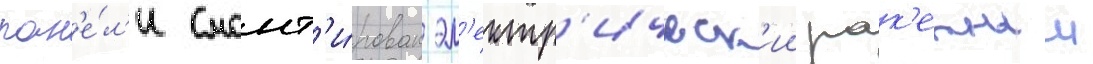
пан'е́л'и смонт'и́рован эл'ектр'ическ'ии рак'етныи